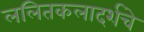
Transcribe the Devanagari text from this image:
ललितकलादर्शचे